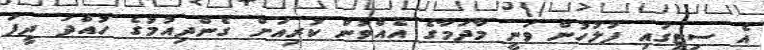
އެ ސިޓީގައި ފުލުހުން ވަނީ މާދަމާގެ އެއްވުން ކުރިއަށް ގެންދިއުމުގެ ހުއްދަ ދީފަ